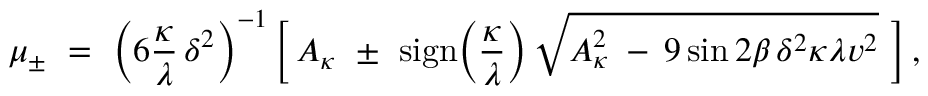
\mu _ { \pm } \ = \ \bigg ( 6 \frac { \kappa } { \lambda } \, \delta ^ { 2 } \bigg ) ^ { - 1 } \, \bigg [ \, A _ { \kappa } \ \pm \ \mathrm { s i g n } \bigg ( \frac { \kappa } { \lambda } \bigg ) \, \sqrt { A _ { \kappa } ^ { 2 } \: - \: 9 \sin 2 \beta \, \delta ^ { 2 } \kappa \lambda v ^ { 2 } } \ \bigg ] \, , \nonumber